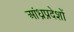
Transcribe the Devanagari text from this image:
आंध्रप्रदेशों